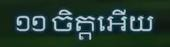
១១ ចិត្តអើយ